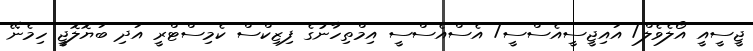
ޖީސީއީ އޯލެވެލް/ އައިޖީސީއެސްސީ/ އެސްއެސްސީ އިމްތިހާނުގެ ފިޒިކްސް ކެމިސްޓްރީ އަދި ބަޔޮލޮޖީ ހިމެނޭ